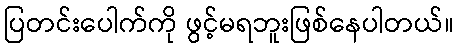
ပြတင်းပေါက်ကို ဖွင့်မရဘူးဖြစ်နေပါတယ်။